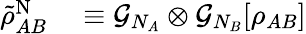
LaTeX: \begin{array}{rl}{\tilde{\rho}_{AB}^{\mathrm{N}}}&{{}\equiv\mathcal{G}_{N_{A}}\otimes\mathcal{G}_{N_{B}}[\rho_{AB}]}\end{array}